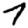
Digit: 7